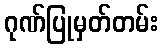
ဂုဏ်ပြုမှတ်တမ်း